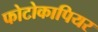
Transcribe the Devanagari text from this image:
फोटोकापियर